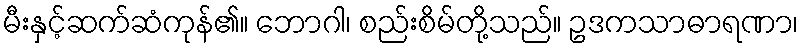
မီးနှင့်ဆက်ဆံကုန်၏။ ဘောဂါ၊ စည်းစိမ်တို့သည်။ ဥဒကသာဓာရဏာ၊